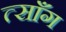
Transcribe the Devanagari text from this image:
त्साँग